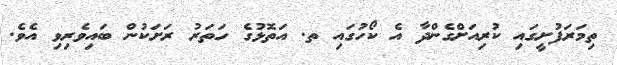
ތިމަރަފުށީގައި ކުރިއަށްގެންދާ އެ ކޯހުގައި ތ. އަތޮޅުގެ ހަތަރު ރަށަކުން ބައިވެރިވި އެވެ.